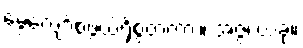
မွေ့လျော်စဖွယ်ရှိစွတကား။ အဇ္ဇ၊ ယခု။